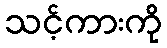
သင့်ကားကို